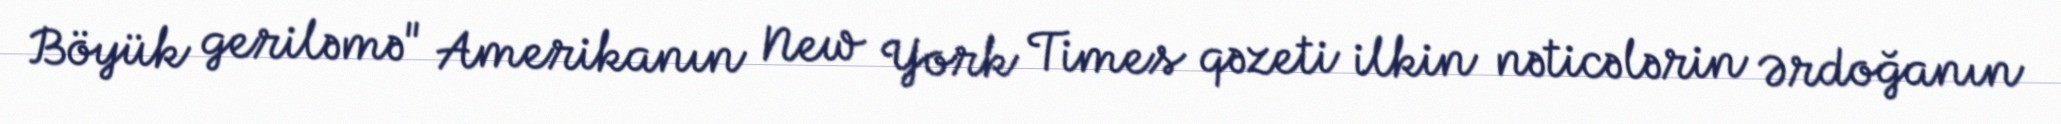
Böyük geriləmə" Amerikanın New York Times qəzeti ilkin nəticələrin Ərdoğanın